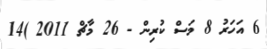
6 އަހަރު 8 މަސް ކުރިން - 26 މާޗް 2011 )14